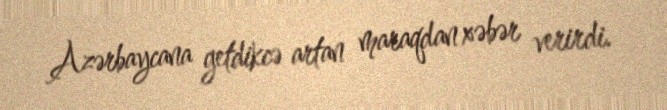
Azərbaycana getdikcə artan maraqdan xəbər verirdi.